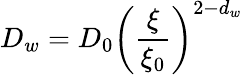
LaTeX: D_{w}=D_{0}\left(\frac{\xi}{\xi_{0}}\right)^{2-d_{w}}